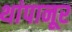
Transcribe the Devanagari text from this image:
थांपानूर